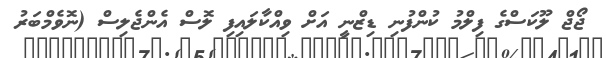
ޖޯޖް ލޫކަސްގެ ފިލްމު ކުންފުނި ޑިޒްނީ އަށް ވިއްކާލައިފި ލޮސް އެންޖެލިސް (ނޮވެމްބަރު